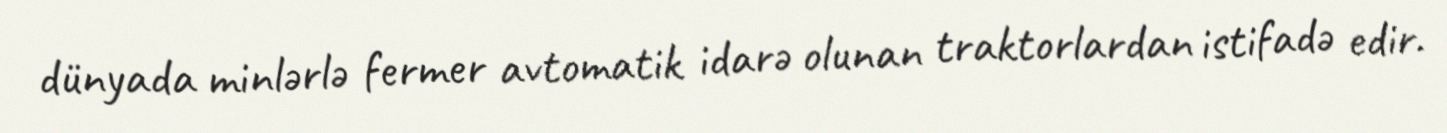
dünyada minlərlə fermer avtomatik idarə olunan traktorlardan istifadə edir.